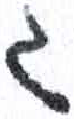
אות: ג